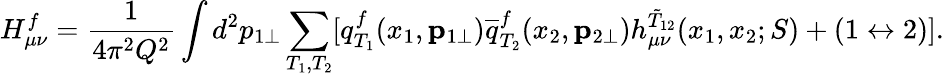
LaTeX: H_{\mu\nu}^{f}=\frac{1}{4\pi^{2}Q^{2}}\int d^{2}p_{1\perp}\sum_{T_{1},T_{2}}[q_{T_{1}}^{f}(x_{1},{\mathbf p}_{1\perp}){\overline{{q}}}_{T_{2}}^{f}(x_{2},{\mathbf p}_{2\perp})h_{\mu\nu}^{\tilde{T}_{12}}(x_{1},x_{2};S)+(1\leftrightarrow 2)].